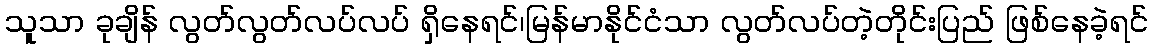
သူသာ ခုချိန် လွတ်လွတ်လပ်လပ် ရှိနေရင်၊မြန်မာနိုင်ငံသာ လွတ်လပ်တဲ့တိုင်းပြည် ဖြစ်နေခဲ့ရင်